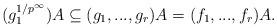
LaTeX: \begin{align*}(g_{1}^{1/p^\infty})A \subseteq (g_{1},...,g_{r})A = (f_{1},...,f_{r})A.\end{align*}